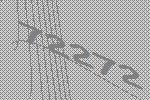
72272